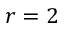
r = 2